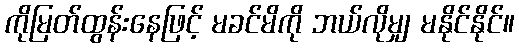
ကိုမြတ်ထွန်းနေဖြင့် မခင်မိကို ဘယ်လိုမျှ မနိုင်နိုင်။